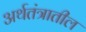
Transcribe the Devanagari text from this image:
अर्थतंत्रातील